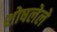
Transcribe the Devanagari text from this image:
शोषलेले